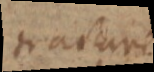
tractir